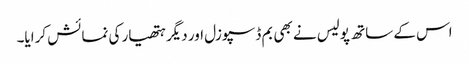
اس کے ساتھ پولیس نے بھی بم ڈسپوزل اور دیگر ہتھیار کی نمائش کرایا۔